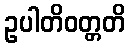
ဥပါတိဝတ္တတိ